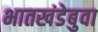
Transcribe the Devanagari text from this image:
भातखंडेबुवा